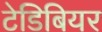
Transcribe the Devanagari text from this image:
टेडिबियर